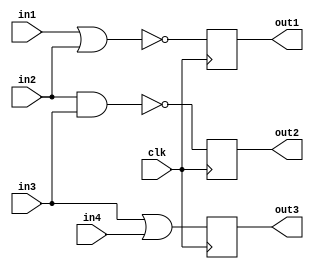
module exampl1(input in1,
		input in2,
		input in3,
		input in4,
		input clk,
		output reg out1,
		output reg out2,
		output reg out3
);

reg out_nor, out_nand, out_or;

always @(in1,in2)begin 
out_nor = ~(in1||in2);
end
always @(posedge clk)begin 
out1 <= out_nor;
end

always @(in2,in3)begin 
out_nand = ~(in2&&in3);
end
always @(posedge clk)begin 
out2 <= out_nand;
end

always @(in3,in4)begin 
out_or = (in3||in4);
end
always @(posedge clk)begin 
out3 <= out_or;
end

endmodule